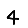
Digit: 4